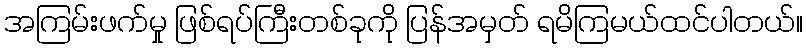
အကြမ်းဖက်မှု ဖြစ်ရပ်ကြီးတစ်ခုကို ပြန်အမှတ် ရမိကြမယ်ထင်ပါတယ်။